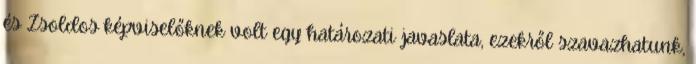
és Zsoldos képviselőknek volt egy határozati javaslata, ezekről szavazhatunk,